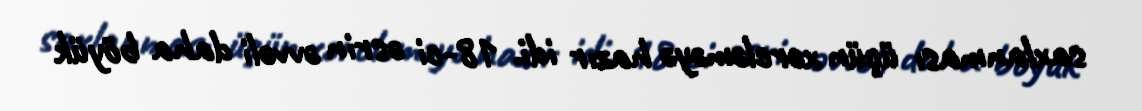
saxlanması üçün xərcləməyə hazır idi. 18-ci əsrin əvvəli daha böyük